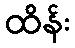
ထိန်း